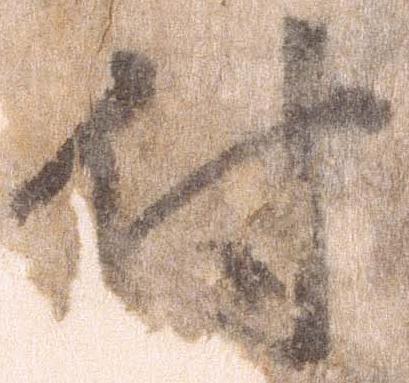
付